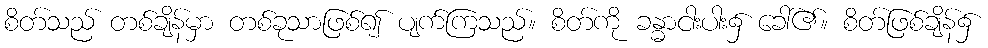
စိတ်သည် တစ်ချိန်မှာ တစ်ခုသာဖြစ်၍ ပျက်ကြသည်။ စိတ်ကို ခန္ဓာငါးပါး၌ ခေါ်၏။ စိတ်ဖြစ်ချိန်၌